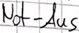
Text: Not-Aus